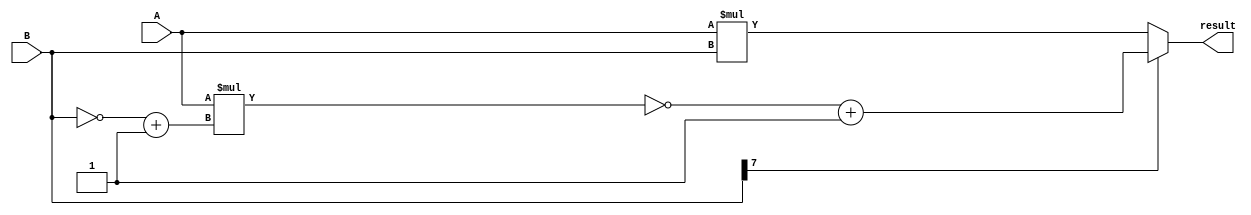
`timescale 1ns / 1ps

module MULTB
(
    input [7:0] A,
    input [7:0] B,
    output reg [15:0] result
);
    
    reg [7:0] B_neg;
    
    always @ *
    begin
        if(B[7] == 1) begin
            B_neg = (~B + 1'b1);
            result = ~(A * B_neg) + 1'b1;
        end
        else
            result = A * B;   
    end

endmodule